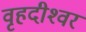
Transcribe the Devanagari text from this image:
वृहदीश्‍वर